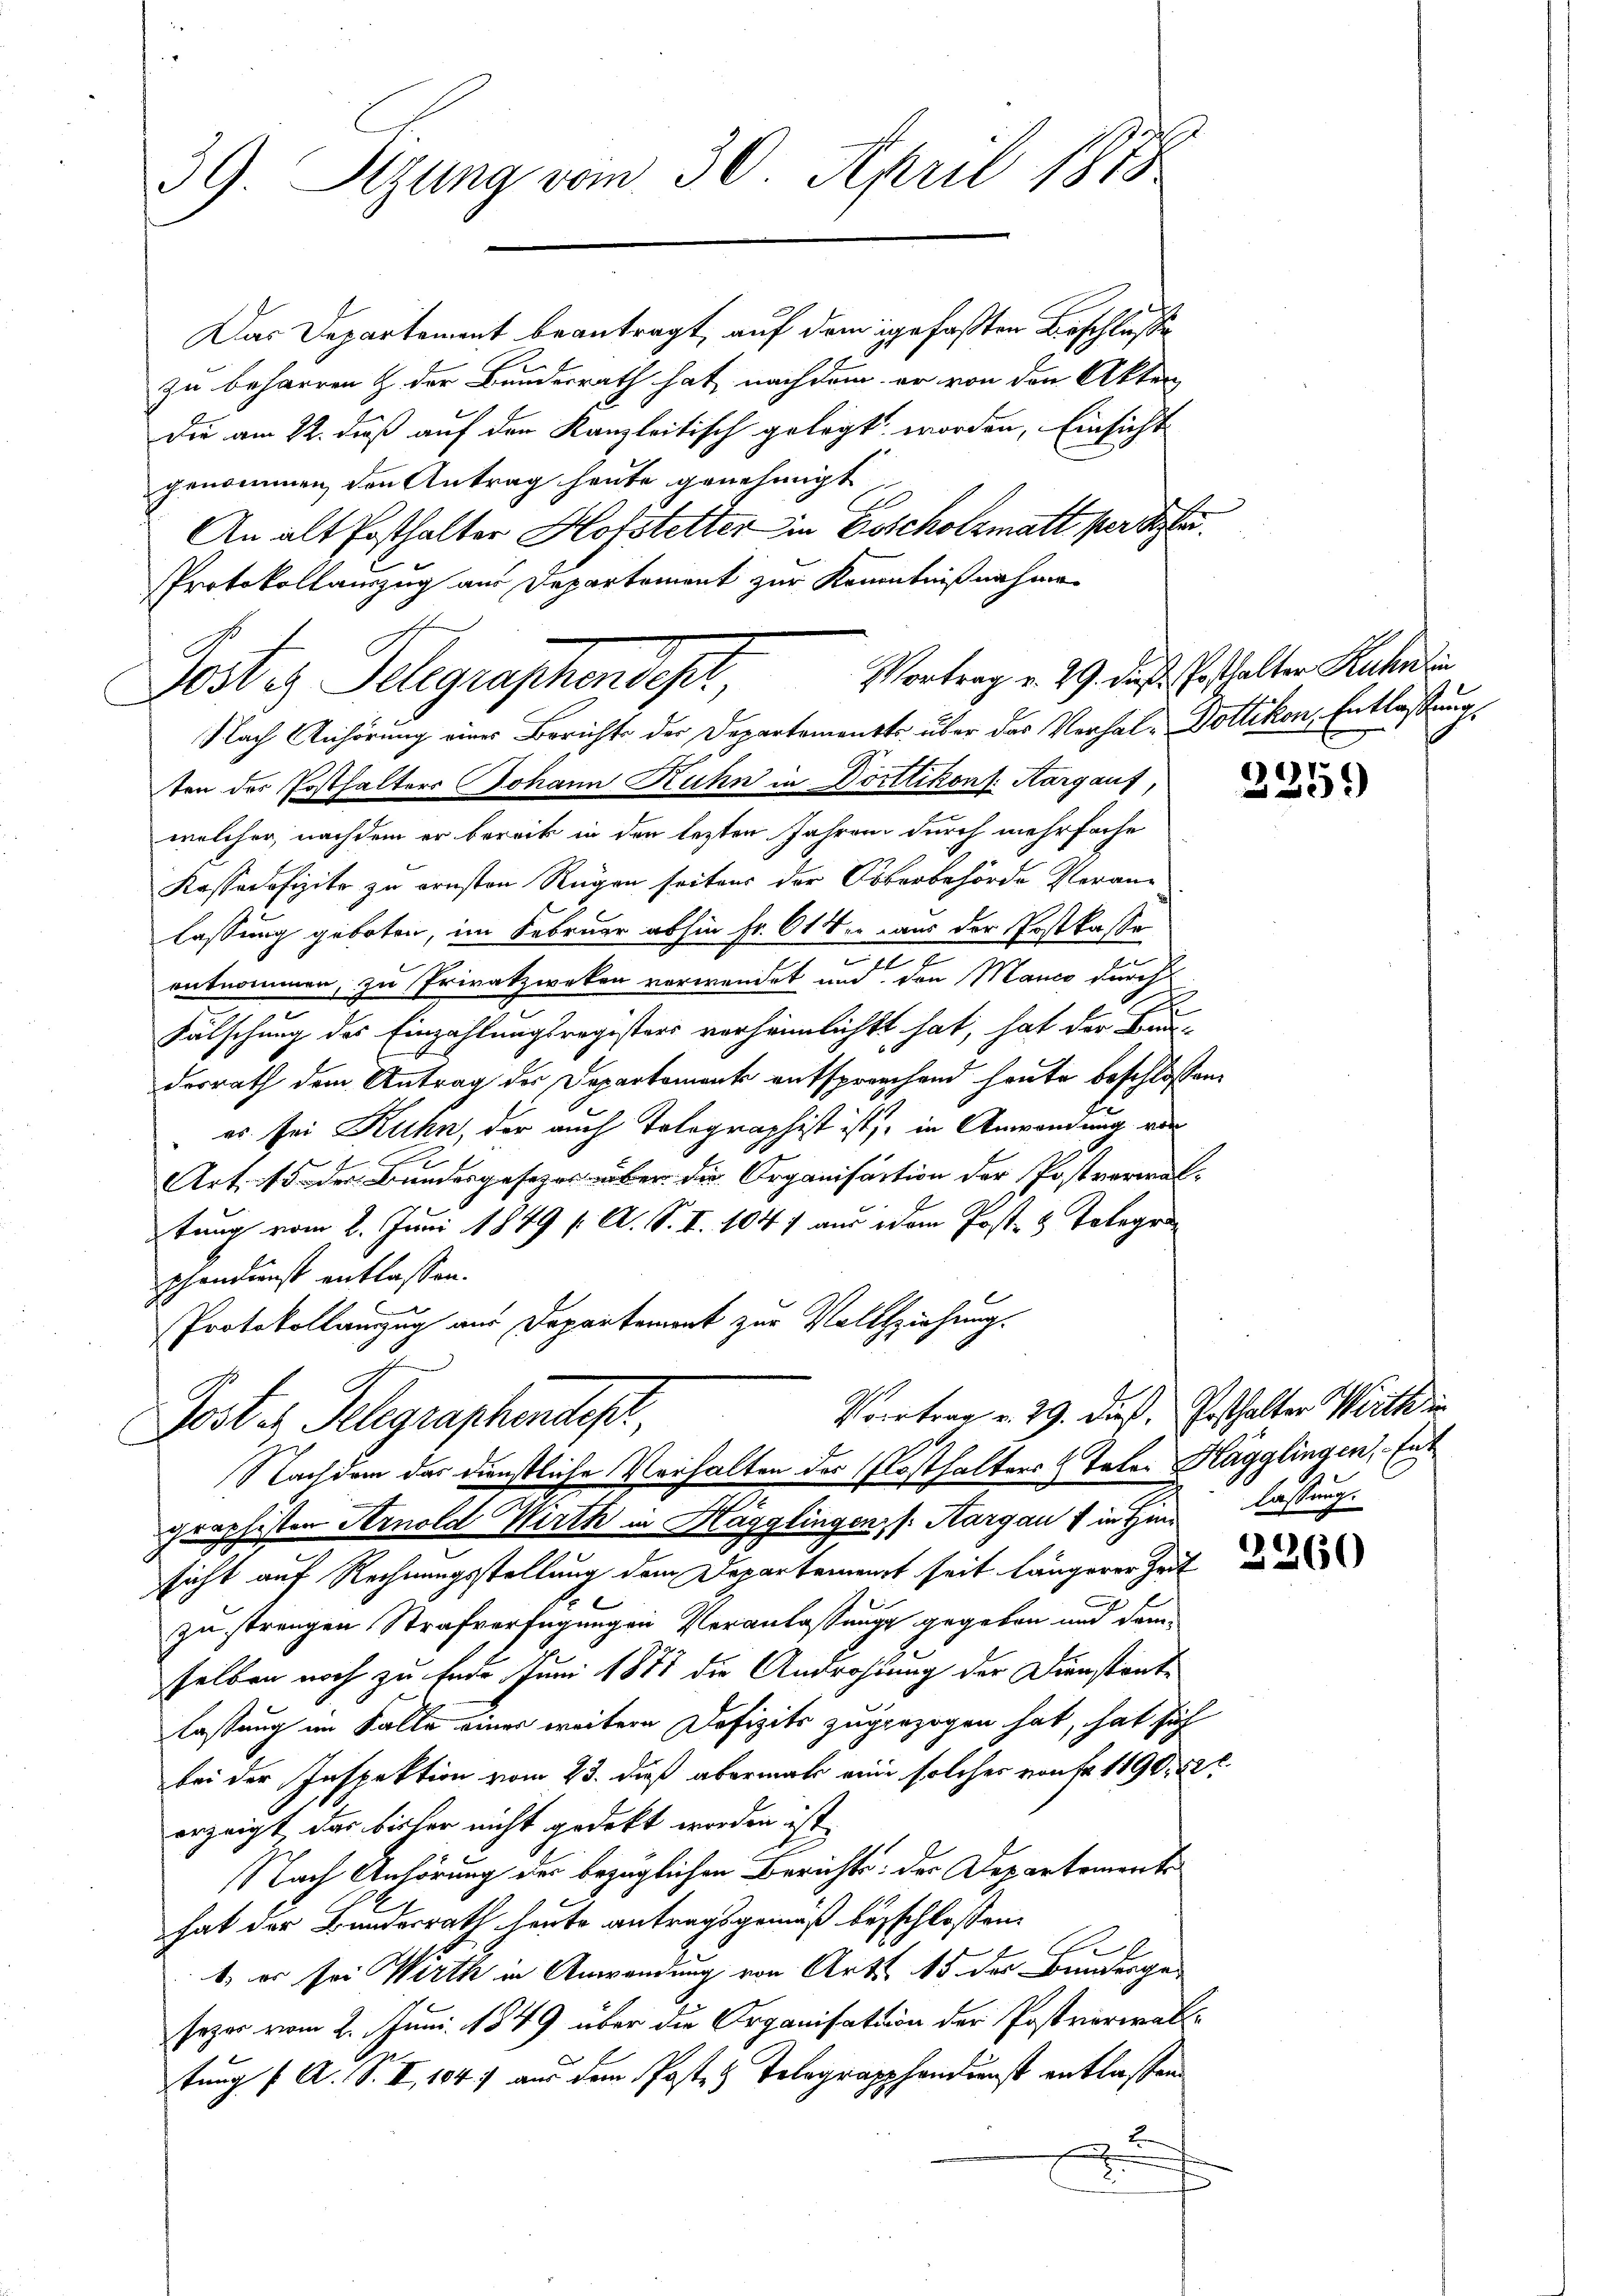
39. Setzung vom 30. April 1875

Das Departement beantragt, auf dem gefaßten Beschlusse
zu beharren & der Bundesrath hat, nachdem er von den Akten
Die am 22. daß auf den Kanzleitisch gelegt worden, Einsicht
genommen, den Antrag heute genehmigt
An alt Posthalter Hofstetter in Goscholzmatt per Ste
Protokollauszug aus Departement zur Kenntnißnahme
Nach Anhörung eines Berichte der Departements über das Verhal-Dottikon, Entlassung,
ten der Posthalters Johann Ruhn in Dortlikons. Aargaus, da
welcher, nachdem er bereit in den lezten Jahren durch mehrfache
Kassadefizite zu ernsten Regen seitens der Oberbehörde Veran-
lassung geboten, im Februar abhin Fr. 614 aus der Postkasse
entnommen, zu Privatzweken verwendet und den Manco durch
Fälschung des Einzahlungsregisters verheimlicht hat, hat der Bau-
desrath dem Antrag der Departement entsprochend heute beschlossen:
 es sei Kuhn, der auch Tolographist ist, in Anwendung vor
Art. 15 der Bundesgesezes über die Organisation der Postverwal-
tung vom 2. Juni 1849 s. A. S. I. 1041 aus dem Post- & Telegr
schankunst entlassen.
Protokollanzug aus Departement zur Vollziehung.

Postes Seegraphendes

Vortrag v. 29. dieß, Posthalter Wirth in
Post es Telegraphendes,
Nachdem das Dienstliche Verhalten der Klosthalters Taler Hägglingen, Ent

graphisten Arnold Wirth in Hägglingen, (Kargau & in Hinsicht auf Rechnungsstellung dem Departement seit längerer Zeit
zu strengen Strafverfügungen Veranlassungs gegeben und dami
selben noch zu Ende Juni 1871 die Androhtung der Dienstante
lassung im Falle einer weitere Defizits zugezogen hat, hat sich
bei der Inspektion vom 23. daß abermals eine solcher von Fr. 1190, 22.
erzeigt das bisher nicht gedeckt worden ist.
Nach Anhörung der bezüglichen Berichts: der Departements
hat der Bundesrath heute antragsgemäß beyschlossen:
.
1, er sei Wirth in Anwendung von Art. 15 der Bundergesezes vom 2. Juni 1849 über die Organisation der Postverwalttung f. A. S. I, 184) aus dem Posten Telegrapphandunst entlassen.
d

Vortrag v. 29. dieß Posthalter Ruhnin

lassung.

2260